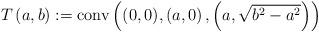
LaTeX: \begin{align*}T\left( a,b\right):=\mbox{conv}\left( (0, 0),\left( a,0\right) ,\left( a,\sqrt{b^{2}-a^{2}}\right) \right)\end{align*}